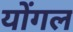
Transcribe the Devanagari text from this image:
योंगल